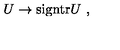
U \rightarrow \mathrm { s i g n t r } U \ ,